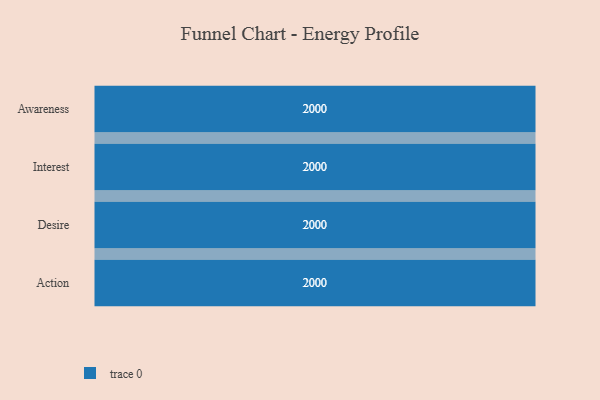
{"axis": {"x": "Stage", "y": "Value"}, "legend": [""], "data": [{"x": "Awareness", "y": 2000, "type": ""}, {"x": "Interest", "y": 2000, "type": ""}, {"x": "Desire", "y": 2000, "type": ""}, {"x": "Action", "y": 2000, "type": ""}]}